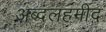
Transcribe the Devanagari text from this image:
अब्दलहमीद